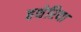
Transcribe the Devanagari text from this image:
हथेरिया